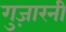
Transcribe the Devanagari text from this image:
गुज़ारनी